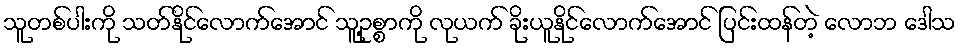
သူတစ်ပါးကို သတ်နိုင်လောက်အောင် သူ့ဥစ္စာကို လုယက် ခိုးယူနိုင်လောက်အောင် ပြင်းထန်တဲ့ လောဘ ဒေါသ